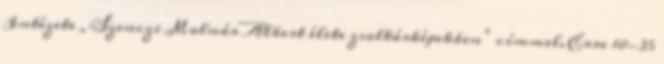
Intézete „Szenczi Molnár Albert élete zsoltárképekben” címmel. Erre 18-35